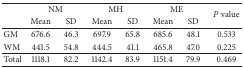
|  | <COLSPAN=2> NM | <COLSPAN=2> MH | <COLSPAN=2> ME | <ROWSPAN=2> P value |
 |  | Mean | SD | Mean | SD | Mean | SD |
 | --- | --- | --- | --- | --- | --- | --- | --- |
 | GM | 676.6 | 46.3 | 697.9 | 65.8 | 685.6 | 48.1 | 0.533 |
 | WM | 441.5 | 54.8 | 444.5 | 41.1 | 465.8 | 47.0 | 0.225 |
 | Total | 1118.1 | 82.2 | 1142.4 | 83.9 | 1151.4 | 79.9 | 0.469 |